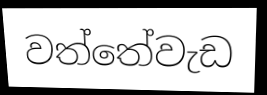
වත්තේවැඩ